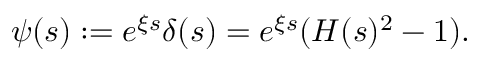
\begin{array} { r } { \psi ( s ) : = e ^ { \xi s } \delta ( s ) = e ^ { \xi s } ( H ( s ) ^ { 2 } - 1 ) . } \end{array}